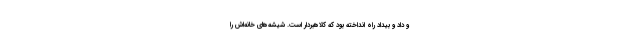
و داد و بیداد راه انداخته بود که کلاهبردار است. شیشه‌های خانه‌اش را